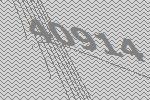
40914